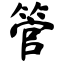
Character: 管